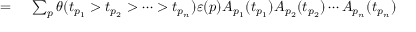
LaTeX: \begin{array} { r l } { = { } } & { { } \sum _ { p } \theta ( t _ { p _ { 1 } } > t _ { p _ { 2 } } > \cdots > t _ { p _ { n } } ) \varepsilon ( p ) A _ { p _ { 1 } } ( t _ { p _ { 1 } } ) A _ { p _ { 2 } } ( t _ { p _ { 2 } } ) \cdots A _ { p _ { n } } ( t _ { p _ { n } } ) } \end{array}